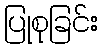
ပြုစုခြင်း